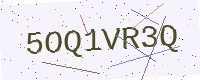
Text: 5OQ1VR3Q